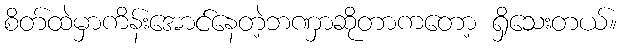
စိတ်ထဲမှာကိန်းအောင်နေတဲ့ဘဏှာဆိုတာကတော့ ရှိသေးတယ်။